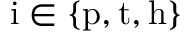
\mathrm { i } \in \{ \mathrm { p } , \mathrm { t } , \mathrm { h } \}